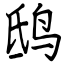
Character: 鸱